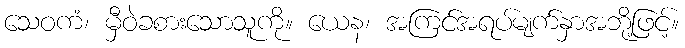
သေဝကံ၊ မှီဝဲခစားသောသူကို။ ယေန၊ အကြင်အရပ်မျက်နှာအဘို့ဖြင့်။